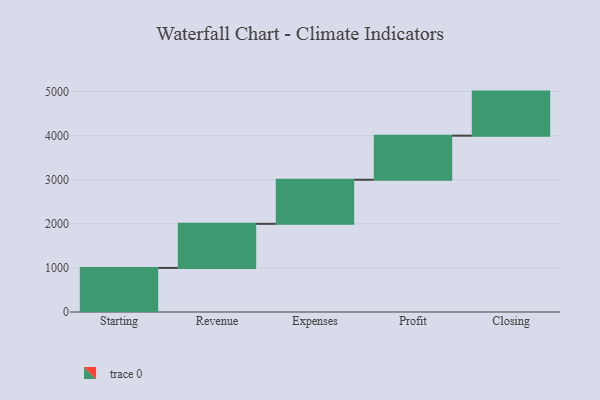
{"axis": {"x": "Step", "y": "Value"}, "legend": [""], "data": [{"x": "Starting", "y": 1000, "type": ""}, {"x": "Revenue", "y": 1000, "type": ""}, {"x": "Expenses", "y": 1000, "type": ""}, {"x": "Profit", "y": 1000, "type": ""}, {"x": "Closing", "y": 1000, "type": ""}]}